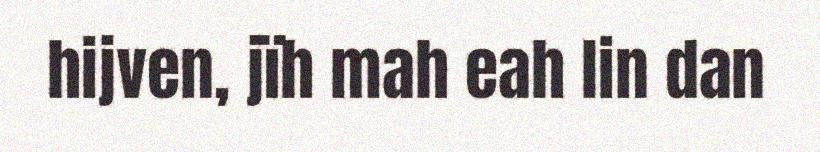
hijven, jïh mah eah lin dan